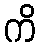
ကိ